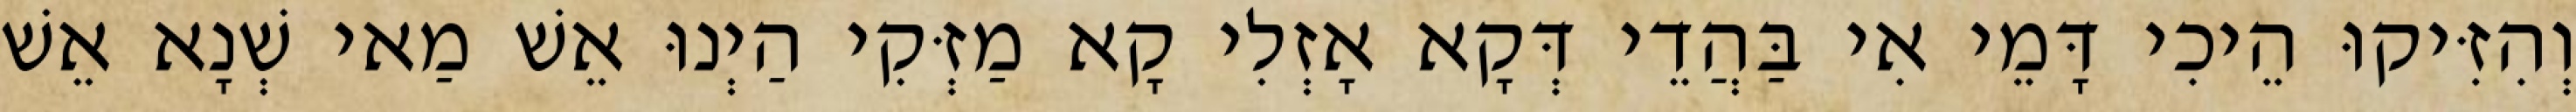
וְהִזִּיקוּ הֵיכִי דָּמֵי אִי בַּהֲדֵי דְּקָא אָזְלִי קָא מַזְּקִי הַיְנוּ אֵשׁ מַאי שְׁנָא אֵשׁ